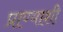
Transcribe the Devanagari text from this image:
प्राण्याशी